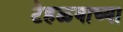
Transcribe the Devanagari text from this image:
टेहळ्याच्या